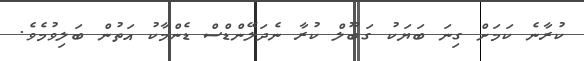
ކުރާނެ ކަމަށް ގިނަ ބަޔަކު ގަބޫލް ކުރާ ނެދަލޭންޑްސް ޑެންމާކު އަތުން ބަލިވުމެވެ.